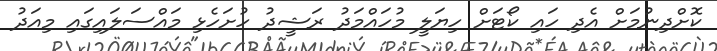
ކޮށްދިނުމަށް އެދި ހައި ކޯޓަށް ހިޔަލީ މުހައްމަދު ރަޝީދު ހުށަހެޅި މައްސަލައިގައި މިއަދު